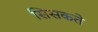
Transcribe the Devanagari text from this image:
सिसकते